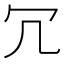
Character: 冗